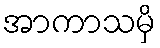
အာကာသမှိ